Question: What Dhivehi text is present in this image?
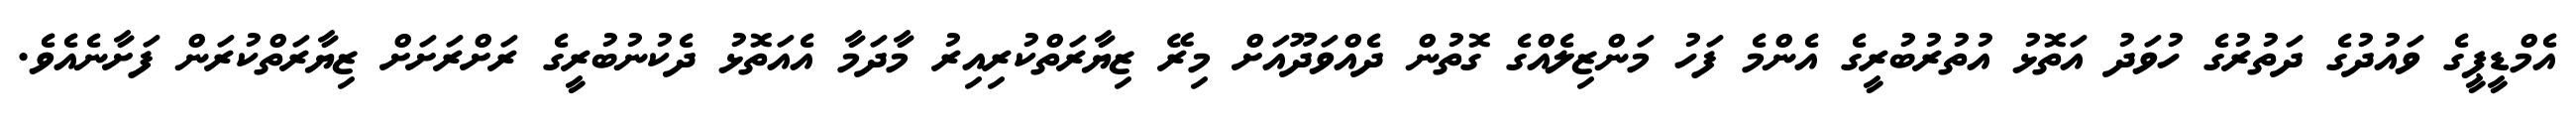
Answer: އެމްޑީޕީގެ ވައުދުގެ ދަތުރުގެ ހުވަދު އަތޮޅު އުތުރުބުރީގެ އެންމެ ފަހު މަންޒިލެއްގެ ގޮތުން ދެއްވަދޫއަށް މިރޭ ޒިޔާރަތްކުރިއިރު މާދަމާ އެއަތޮޅު ދެކުނުބުރީގެ ރަށްރަށަށް ޒިޔާރަތްކުރަން ފަށާނެއެވެ.